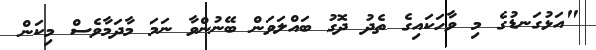
"އަޅުގަނޑުގެ މި ވާހަކައިގެ ތެދު ދޮގު ބައްލަވަން ބޭނުންވާ ނަމަ މާދަމާވެސް މިކަން